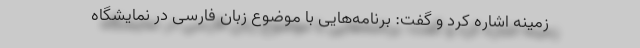
زمینه اشاره کرد و گفت: برنامه‌هایی با موضوع زبان فارسی در نمایشگاه